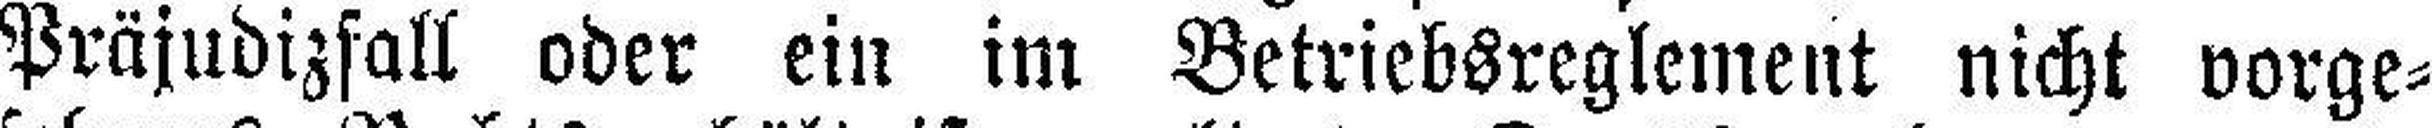
Präjudizfall oder ein im Betriebsreglement nicht vorge¬